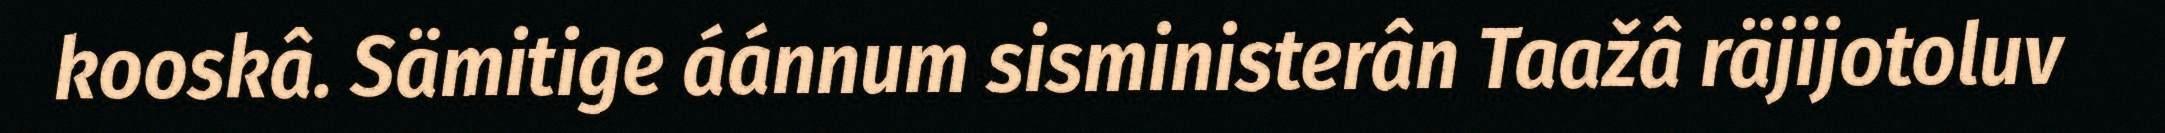
kooskâ. Sämitige áánnum sisministerân Taažâ räjijotoluv